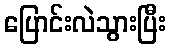
ပြောင်းလဲသွားပြီး